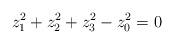
LaTeX: \begin{align*}z_1^2 + z_2^2 + z_3^2 - z_0^2 = 0 \end{align*}